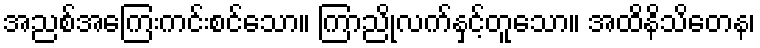
အညစ်အကြေးကင်းစင်သော။ ကြာညိုလက်နှင့်တူသော။ အထိနိသိတေန၊